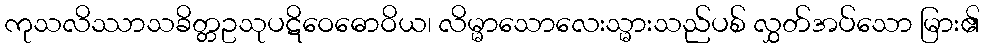
ကုသလိဿာသခိတ္တဥသုပဋိဝေဓောဝိယ၊ လိမ္မာသောလေးသ္မားသည်ပစ် လွှတ်အပ်သော မြား၏